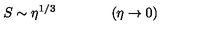
S \sim \eta ^ { 1 / 3 } \qquad \qquad ( \eta \rightarrow 0 )